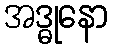
အဒ္ဓုနော